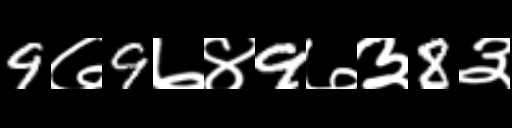
Text: 9७9७४9७३8३